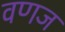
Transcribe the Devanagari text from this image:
वणज